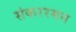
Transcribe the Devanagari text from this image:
संकररमन